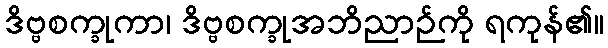
ဒိဗ္ဗစက္ခုကာ၊ ဒိဗ္ဗစက္ခုအဘိညာဉ်ကို ရကုန်၏။